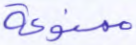
ممنوعة